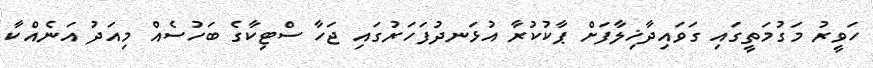
ހަވީރު މަގުމަތީގައި ގަވައިދާޚިލާފަށް ޕާކުކުރާ އުޅަނދުފަހަރުގައި ޖަހާ ސްޓިކާގެ ބަހުސެއް މިއަދު އަނެއްކާ